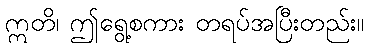
ဣတိ၊ ဤရွေ့စကား တရပ်အပြီးတည်း။